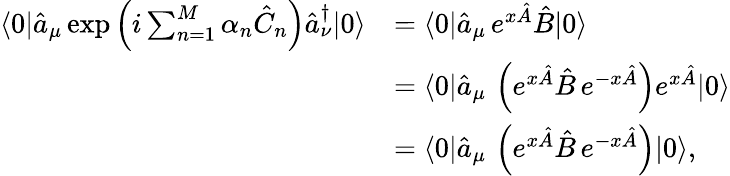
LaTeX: \begin{array}{rl}{\langle 0|\hat{a}_{\mu}\exp\left(i\sum_{n=1}^{M}\alpha_{n}\hat{C}_{n}\right)\hat{a}_{\nu}^{\dagger}|0\rangle}&{=\langle 0|\hat{a}_{\mu}\, e^{x\hat{A}}\hat{B}|0\rangle}\\ &{=\langle 0|\hat{a}_{\mu}\, \left(e^{x\hat{A}}\hat{B}\, e^{-x\hat{A}}\right)e^{x\hat{A}}|0\rangle}\\ &{=\langle 0|\hat{a}_{\mu}\, \left(e^{x\hat{A}}\hat{B}\, e^{-x\hat{A}}\right)|0\rangle,}\end{array}